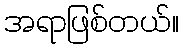
အရာဖြစ်တယ်။